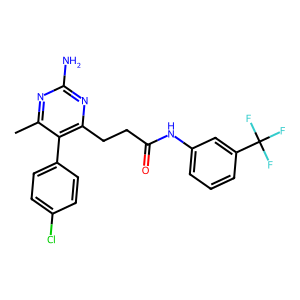
SMILES: Cc1nc(N)nc(CCC(=O)Nc2cccc(C(F)(F)F)c2)c1-c1ccc(Cl)cc1
Inhibits HIV replication: No